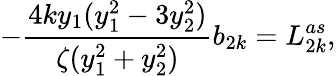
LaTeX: -\frac{4ky_{1}(y_{1}^{2}-3y_{2}^{2})}{\zeta(y_{1}^{2}+y_{2}^{2})}b_{2k}=L_{2k}^{as},